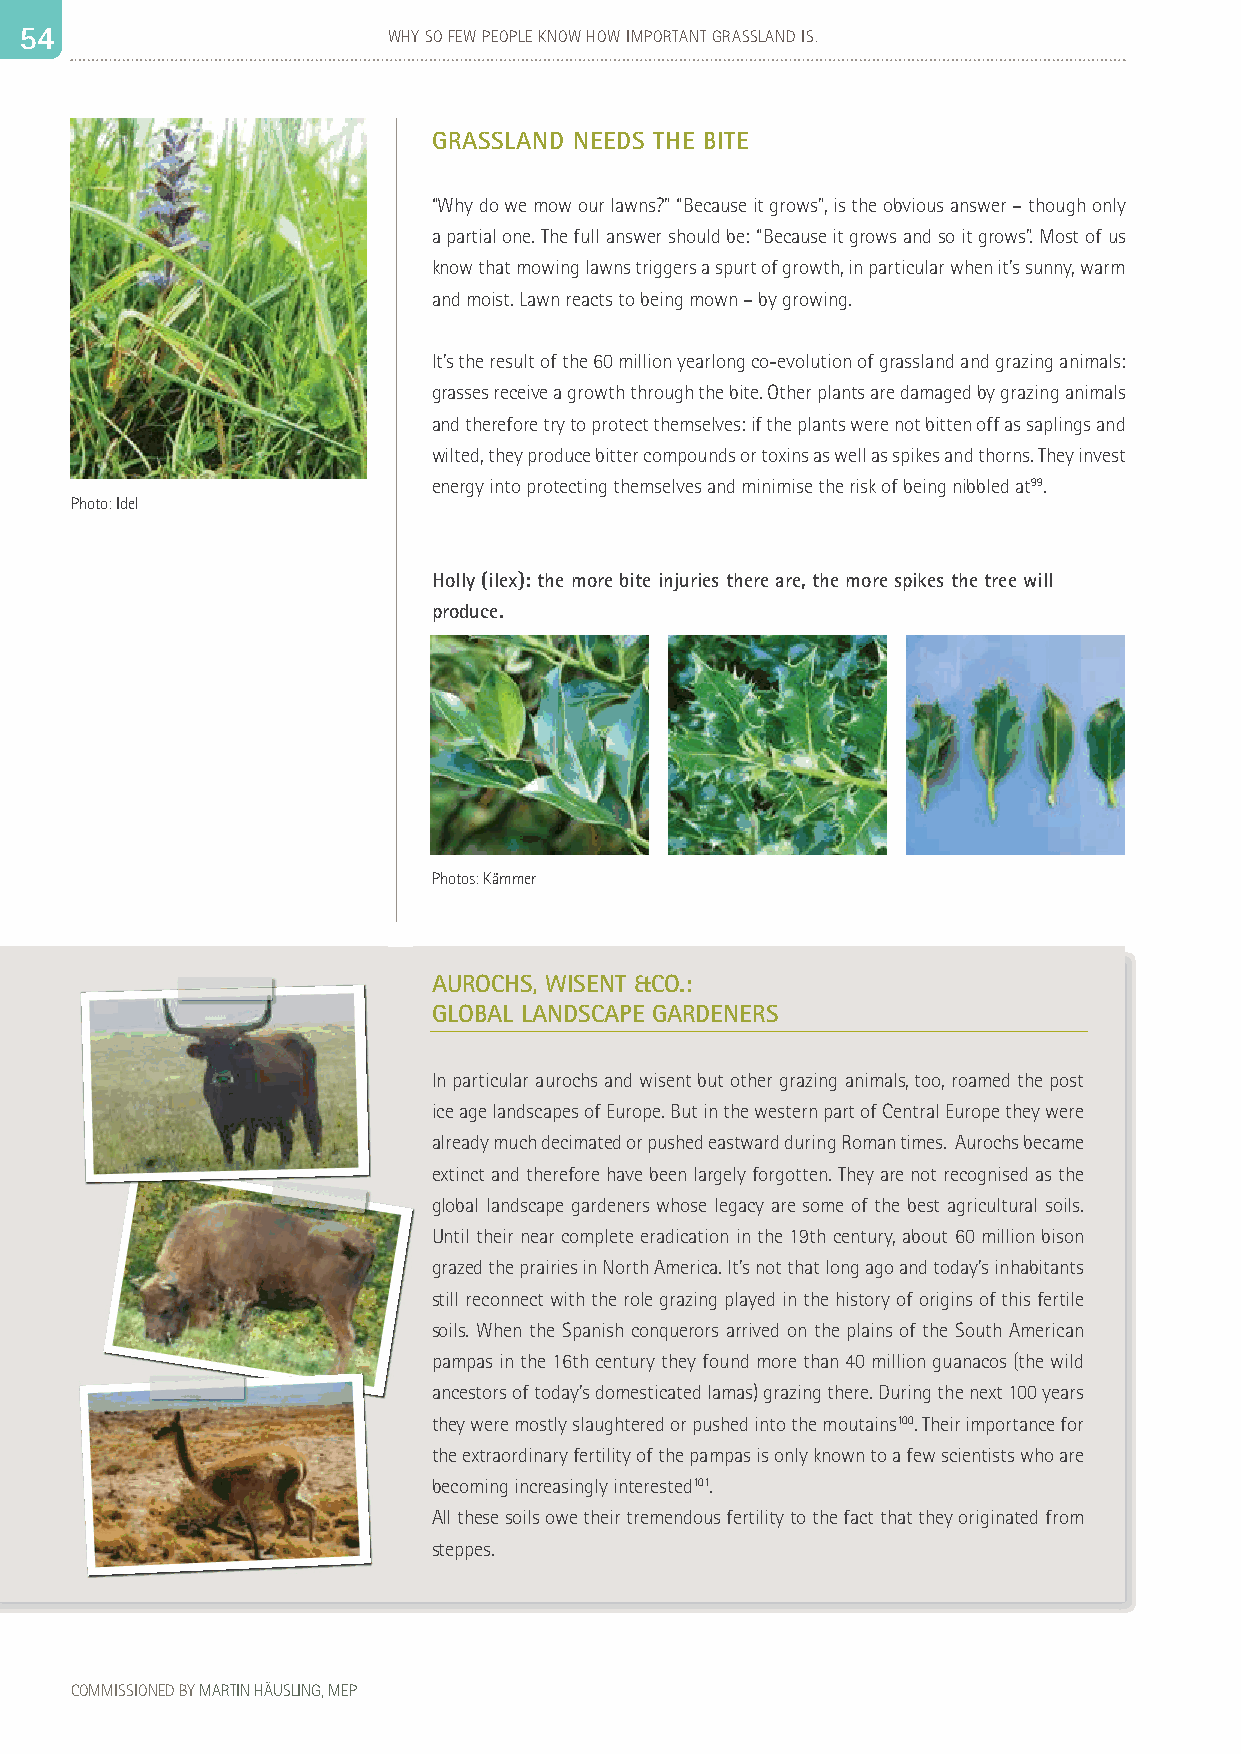
5 54 4                   WHY SO FEW PEOPLE KNOW HOW IMPORTANT GRASSLAND IS.                                                                                     55
 GRASSLAND NEEDS THE BITE
 “Why do we mow our lawns?” “Because it grows”, is the obvious answer – though only
 a partial one. The full answer should be: “Because it grows and so it grows”. Most of us
 know that mowing lawns triggers a spurt of growth, in particular when it’s sunny, warm
 and moist. Lawn reacts to being mown – by growing.
 It’s the result of the 60 million yearlong co-evolution of grassland and grazing animals:
 grasses receive a growth through the bite. Other plants are damaged by grazing animals
 and therefore try to protect themselves: if the plants were not bitten off as saplings and
 wilted, they produce bitter compounds or toxins as well as spikes and thorns. They invest
 energy into protecting themselves and minimise the risk of being nibbled at99.
 Photo: Idel
 Holly (ilex): the more bite injuries there are, the more spikes the tree will
 produce.
 Photos: Kämmer
 AUROCHS, WISENT &CO.:
 GLOBAL LANDSCAPE GARDENERS
 In particular aurochs and wisent but other grazing animals, too, roamed the post
 ice age landscapes of Europe. But in the western part of Central Europe they were
 already much decimated or pushed eastward during Roman times. Aurochs became
 extinct and therefore have been largely forgotten. They are not recognised as the
 global landscape gardeners whose legacy are some of the best agricultural soils.
 Until their near complete eradication in the 19th century, about 60 million bison
 grazed the prairies in North America. It’s not that long ago and today’s inhabitants
 still reconnect with the role grazing played in the history of origins of this fertile
 soils. When the Spanish conquerors arrived on the plains of the South American
 pampas in the 16th century they found more than 40 million guanacos (the wild
 ancestors of today’s domesticated lamas) grazing there. During the next 100 years
 they were mostly slaughtered or pushed into the moutains100. Their importance for
 the extraordinary fertility of the pampas is only known to a few scientists who are
 becoming increasingly interested101.
 All these soils owe their tremendous fertility to the fact that they originated from
 steppes.
 COMMISSIONED BY MARTIN HÄUSLING, MEP